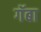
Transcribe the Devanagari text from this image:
गॅबा